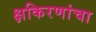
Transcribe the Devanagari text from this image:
क्षकिरणांचा